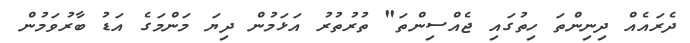
ދެރައެއް ދިނިންތަ ހިތުގައި ޖެއްސިންތަ" ތުރުތުރު އަޅަމުން ދިޔަ މަންމަގެ އަޑު ބާރުވަމުން